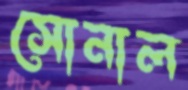
সোনাল